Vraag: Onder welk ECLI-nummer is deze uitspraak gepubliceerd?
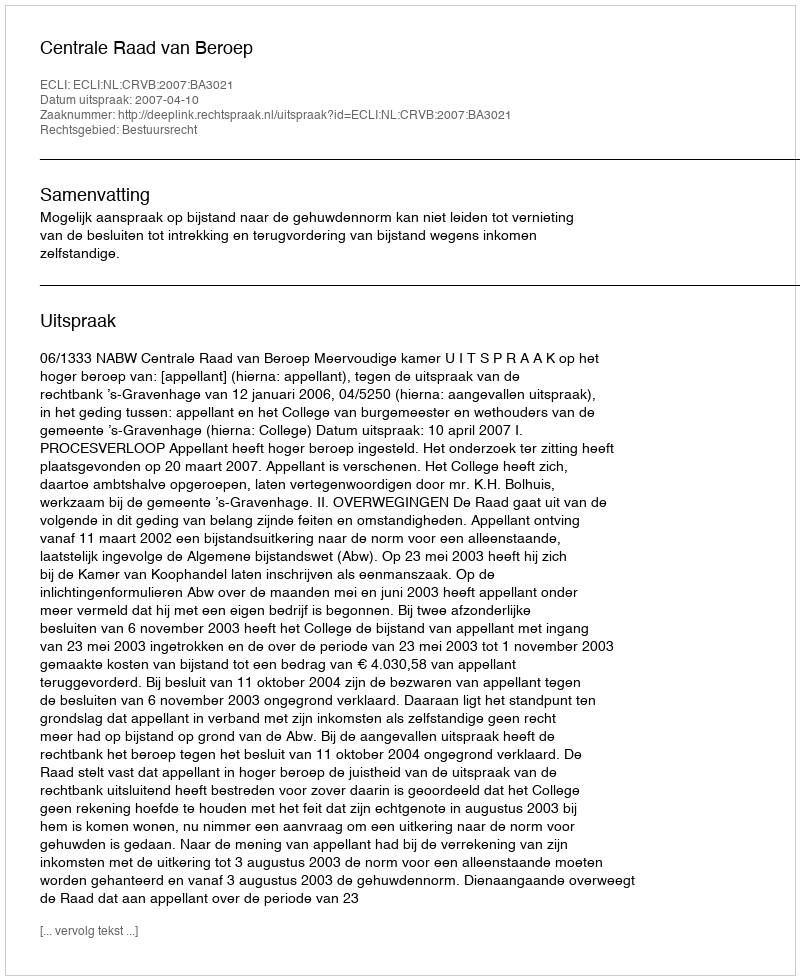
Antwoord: ECLI:NL:CRVB:2007:BA3021